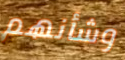
وشأنهم